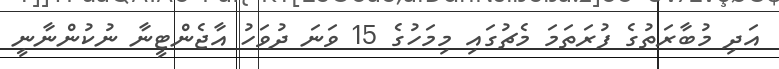
އަދި މުބާރަތުގެ ފުރަތަމަ މެޗުގައި މިމަހުގެ 15 ވަނަ ދުވަހު އާޖެންޓީނާ ނުކުންނާނީ